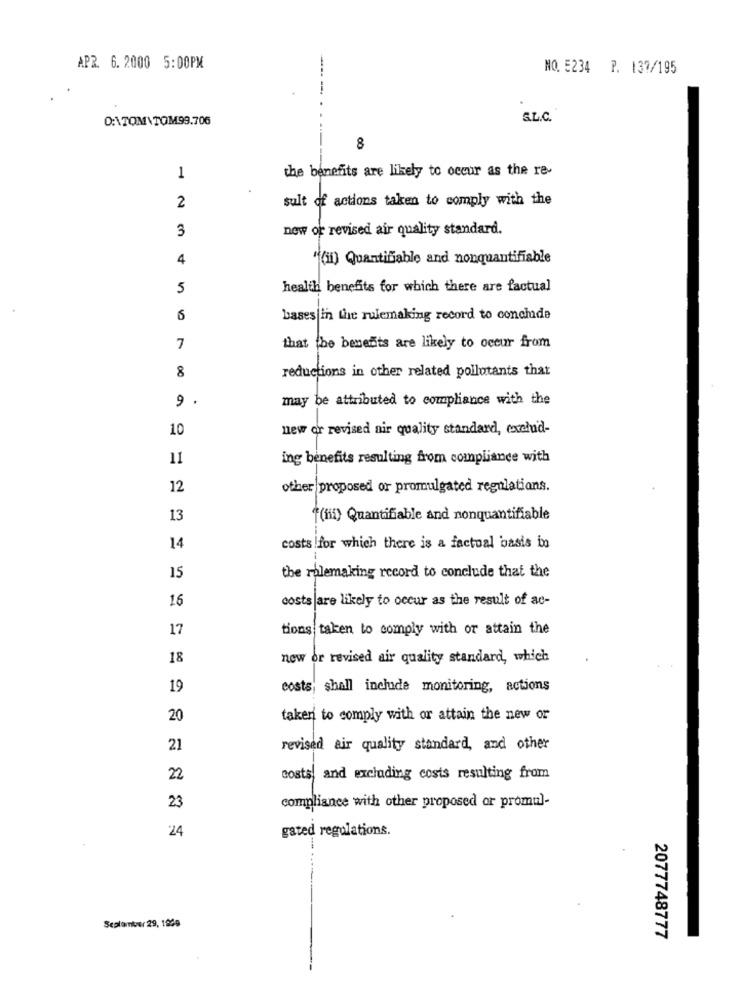
APR. 6.2000 5:00PM
NO. 5234 P. 137/195
D:\TOM TOM99.706
S.L.C.
8
the benefits are likely to occur as the re-
1
sult of actions taken to comply with the
2
3
now or revised air quality standard.
4
"(in) Quantifiable and nonquantifiable
5
health benefits for which there are factual
bases in the rulemaking record to conclude
7
that the benents are likely to occur from
8
reductions in other related pollutants that
9 .
may be attributed to compliance with the
10
new or revised air quality standard, exclud-
11
ing benefits resulting from compliance with
12
other proposed or promulgated regulations.
13
f(iii) Quantifiable and nonquantifiable
14
costs for which there is a factual basis in
15
the rolemaking record to conclude that the
16
costs are likely to occur as the result of ac-
17
tions taken to comply with or attain the
18
now or revised air quality standard, which
19
costs; shall include monitoring, actions
20
taken to comply with or attain the new or
21
revised air quality standard, and other
22
costs, and excluding costs resulting from
compliance with other proposed or promul-
23
24
gated regulations.
Sealamter 29, 1849
2077748777